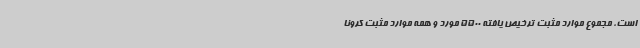
است، مجموع موارد مثبت ترخیص ‌یافته 5500 مورد و همه موارد مثبت کرونا